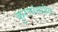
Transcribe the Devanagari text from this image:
कुरणांमधील